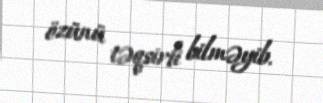
özünü təqsirli bilməyib.